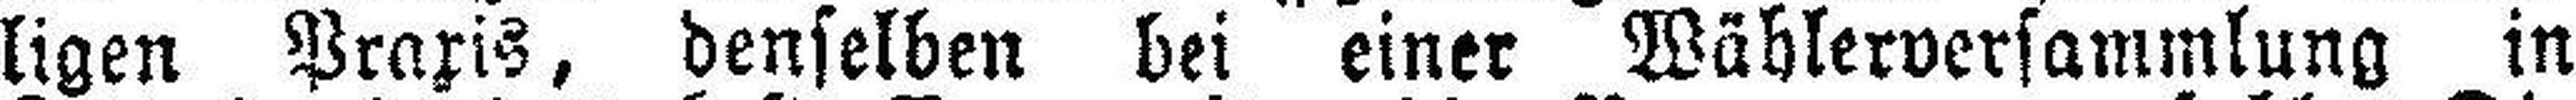
ligen Praxis, denselben bei einer Wählerversammlung in